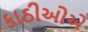
કાઠીઓએ